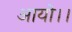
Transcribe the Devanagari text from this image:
आयो।।